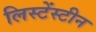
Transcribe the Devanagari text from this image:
लिस्टेंस्टीन